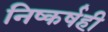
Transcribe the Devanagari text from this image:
निष्कर्षही